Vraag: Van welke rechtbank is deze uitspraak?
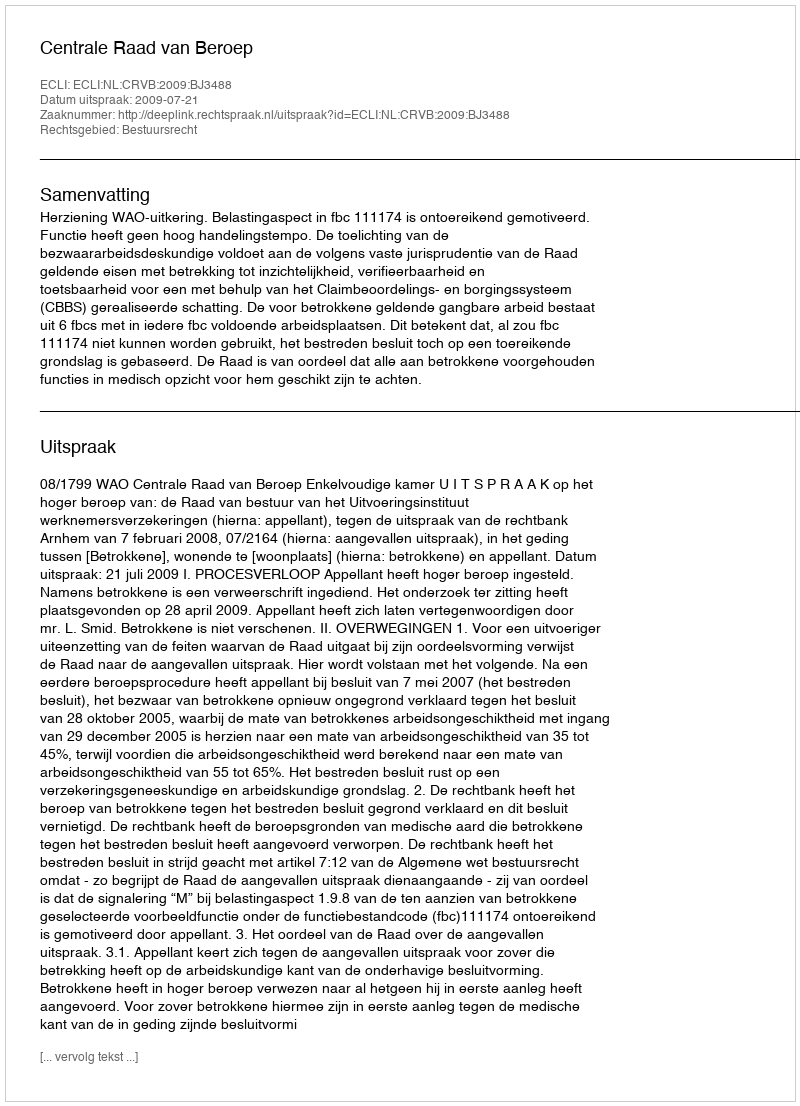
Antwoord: Centrale Raad van Beroep